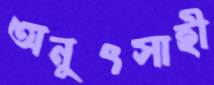
অনুৎসাহী